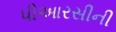
પીઆરસીની